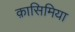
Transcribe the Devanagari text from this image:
क़ासिमिया